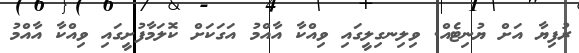
ރުފިޔާ އަށް ޔުނިޓެއް. ވިލިނގިލީގައި ވިއްކާ އާއްމު އަގަކަށް ކޮލަމާފުށީގައި ވިއްކާ އާއްމު